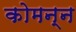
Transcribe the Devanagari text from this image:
कोमन्न